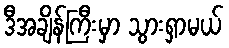
ဒီအချိန်ကြီးမှာ သွားရှာမယ်